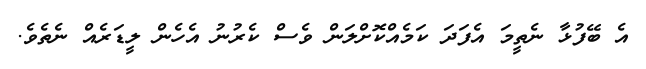
އެ ބޭފުޅާ ނެތީމަ އެފަދަ ކަމެއްކޮށްލަން ވެސް ކެރުނު އެހެން ލީޑަރެއް ނެތެވެ.